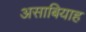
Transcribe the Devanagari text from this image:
असाबियाह